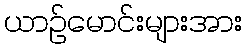
ယာဉ်မောင်းများအား